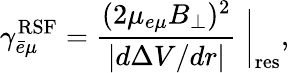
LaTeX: \gamma_{\bar{e}\mu}^{\mathrm{RSF}}=\frac{(2\mu_{e\mu}B_{\perp})^{2}}{|d\Delta V/dr|}\biggm|_{\mathrm{res}},